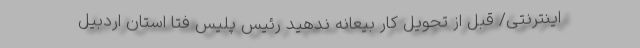
اینترنتی/ قبل از تحویل کار بیعانه ندهید رئیس پلیس فتا استان اردبیل